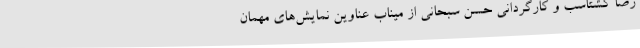
رضا گشتاسب و کارگردانی حسن سبحانی از میناب عناوین نمایش‌های مهمان